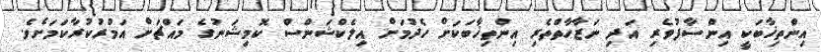
އިންތިޚާބަކީ އިންސާފުވެރި އަދި ނަޒާހާތްތެރި އިންތިޚާބަކަށް ހެދުމަށް އިލެކްޝަންސް ކޮމިޝަނުގެ މައްޗަށް އަމުރުކުރާކަމަށެވެ.